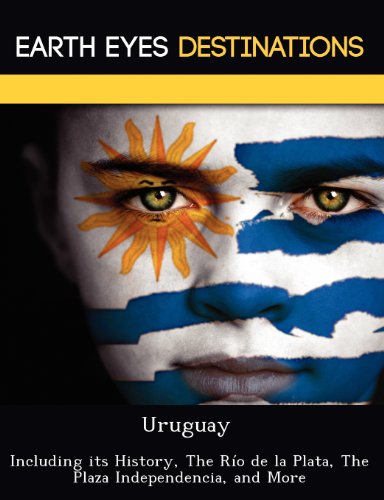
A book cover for Uruguay: Including its History, The RÃ­o de la Plata, The Plaza Independencia, and More; Renee Browning; Travel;